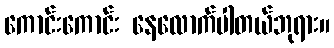
ကောင်းကောင်း နေလောက်ပါတယ်ဘုရား။